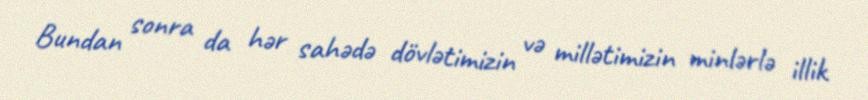
Bundan sonra da hər sahədə dövlətimizin və millətimizin minlərlə illik